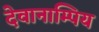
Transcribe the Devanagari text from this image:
देवानाम्पिय